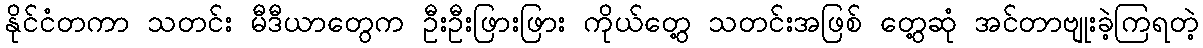
နိုင်ငံတကာ သတင်း မီဒီယာတွေက ဦးဦးဖြားဖြား ကိုယ်တွေ့ သတင်းအဖြစ် တွေ့ဆုံ အင်တာဗျုးခဲ့ကြရတဲ့